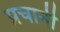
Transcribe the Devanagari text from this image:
प्रचानी